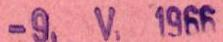
-9. V. 1966